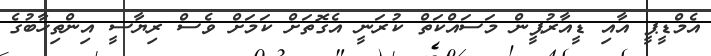
އެމްޑީޕީ އާއި ޑީއާރުޕީން މަސައްކަތް ކުރަނީ އެގޮތަށް ކަމަށް ވެސް ރިޔާސީ އިންތިހާބުގެ